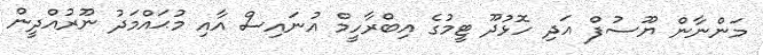
މަންނާން ޔޫސުފް އަދި ހޮޅުދޫ ޓީމުގެ އިބްރާހީމް އުނައިސް އާއި މުޙައްމަދު ނޫރުއްދީން